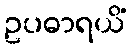
ဥပဓာရယိံ